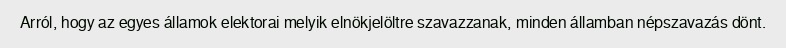
Arról, hogy az egyes államok elektorai melyik elnökjelöltre szavazzanak, minden államban népszavazás dönt.